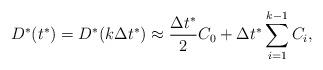
LaTeX: \begin{align*}D^{*}(t^{*}) = D^{*}(k \Delta t^{*}) \approx \dfrac{\Delta t^{*}}{2} C_{0} + \Delta t^{*} \sum_{i = 1}^{k-1}C_{i},\end{align*}